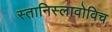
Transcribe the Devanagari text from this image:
स्तानिस्लावोविच